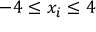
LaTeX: - 4 \leq x _ { i } \leq 4